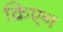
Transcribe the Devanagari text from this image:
क्रिएन